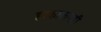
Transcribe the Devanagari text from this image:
हाकालपट्टी